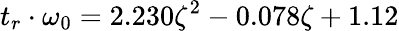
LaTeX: t_{r}\cdot\omega_{0}=2.230\zeta^{2}-0.078\zeta+1.12